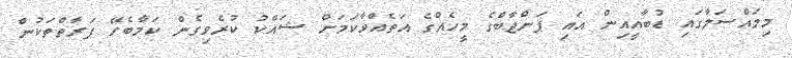
މިމައްސަލާގައި ޑުބާއީއިން އައި ޕަންޖާބްގެ މީހެއްގެ އަތެއްވާކަމަށް ޝައްކު ކުރެވިގެން ކަމާބެހޭ ފަރާތްތަކުން